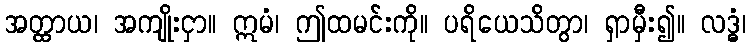
အတ္ထာယ၊ အကျိုးငှာ။ ဣမံ၊ ဤထမင်းကို။ ပရိယေသိတွာ၊ ရှာမှီး၍။ လဒ္ဓံ၊